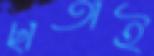
ছাতাই